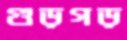
গুড়গড়